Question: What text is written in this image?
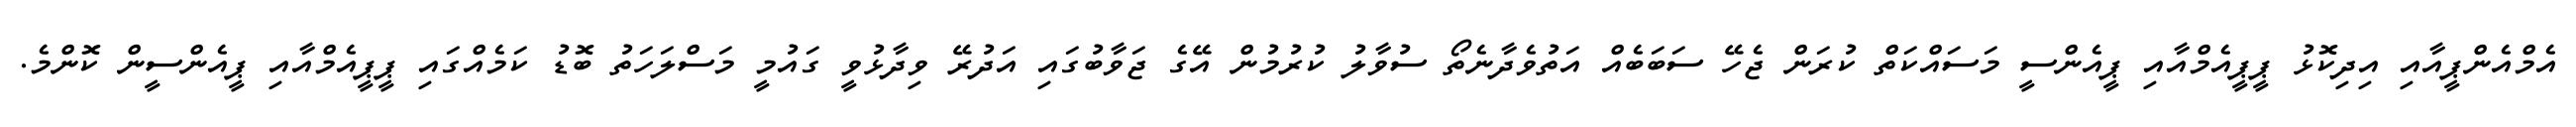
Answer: އެމްއެންޕީއާއި އިދިކޮޅު ޕީޕީއެމްއާއި ޕީއެންސީ މަސައްކަތް ކުރަން ޖެހޭ ސަބަބެއް އަތުވެދާނެތޯ ސުވާލު ކުރުމުން އޭގެ ޖަވާބުގައި އަދުރޭ ވިދާޅުވީ ގައުމީ މަސްލަހަތު ބޮޑު ކަމެއްގައި ޕީޕީއެމްއާއި ޕީއެންސީން ކޮންމެ.